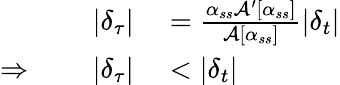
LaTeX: \begin{array}{rl}{|\delta_{\tau}|}&{{}=\frac{\alpha_{ss}\mathcal{A}^{\prime}[\alpha_{ss}]}{\mathcal{A}[\alpha_{ss}]}|\delta_{t}|}\\ {\Rightarrow\qquad|\delta_{\tau}|}&{{}<|\delta_{t}|}\end{array}